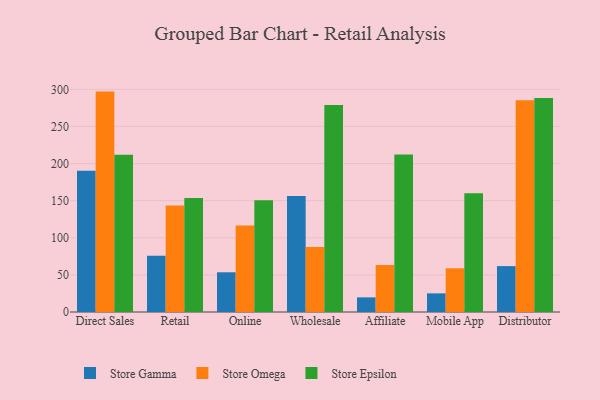
{"axis": {"x": "Channel", "y": "Budget (USD K)"}, "legend": ["Store Epsilon", "Store Gamma", "Store Omega"], "data": [{"x": "Direct Sales", "y": 190.3, "type": "Store Gamma"}, {"x": "Direct Sales", "y": 296.9, "type": "Store Omega"}, {"x": "Direct Sales", "y": 211.7, "type": "Store Epsilon"}, {"x": "Retail", "y": 75.9, "type": "Store Gamma"}, {"x": "Retail", "y": 143.4, "type": "Store Omega"}, {"x": "Retail", "y": 153.5, "type": "Store Epsilon"}, {"x": "Online", "y": 53.5, "type": "Store Gamma"}, {"x": "Online", "y": 116.6, "type": "Store Omega"}, {"x": "Online", "y": 150.5, "type": "Store Epsilon"}, {"x": "Wholesale", "y": 156.2, "type": "Store Gamma"}, {"x": "Wholesale", "y": 87.6, "type": "Store Omega"}, {"x": "Wholesale", "y": 278.7, "type": "Store Epsilon"}, {"x": "Affiliate", "y": 19.7, "type": "Store Gamma"}, {"x": "Affiliate", "y": 63.3, "type": "Store Omega"}, {"x": "Affiliate", "y": 212.0, "type": "Store Epsilon"}, {"x": "Mobile App", "y": 25.1, "type": "Store Gamma"}, {"x": "Mobile App", "y": 58.9, "type": "Store Omega"}, {"x": "Mobile App", "y": 160.1, "type": "Store Epsilon"}, {"x": "Distributor", "y": 61.8, "type": "Store Gamma"}, {"x": "Distributor", "y": 285.4, "type": "Store Omega"}, {"x": "Distributor", "y": 288.4, "type": "Store Epsilon"}]}